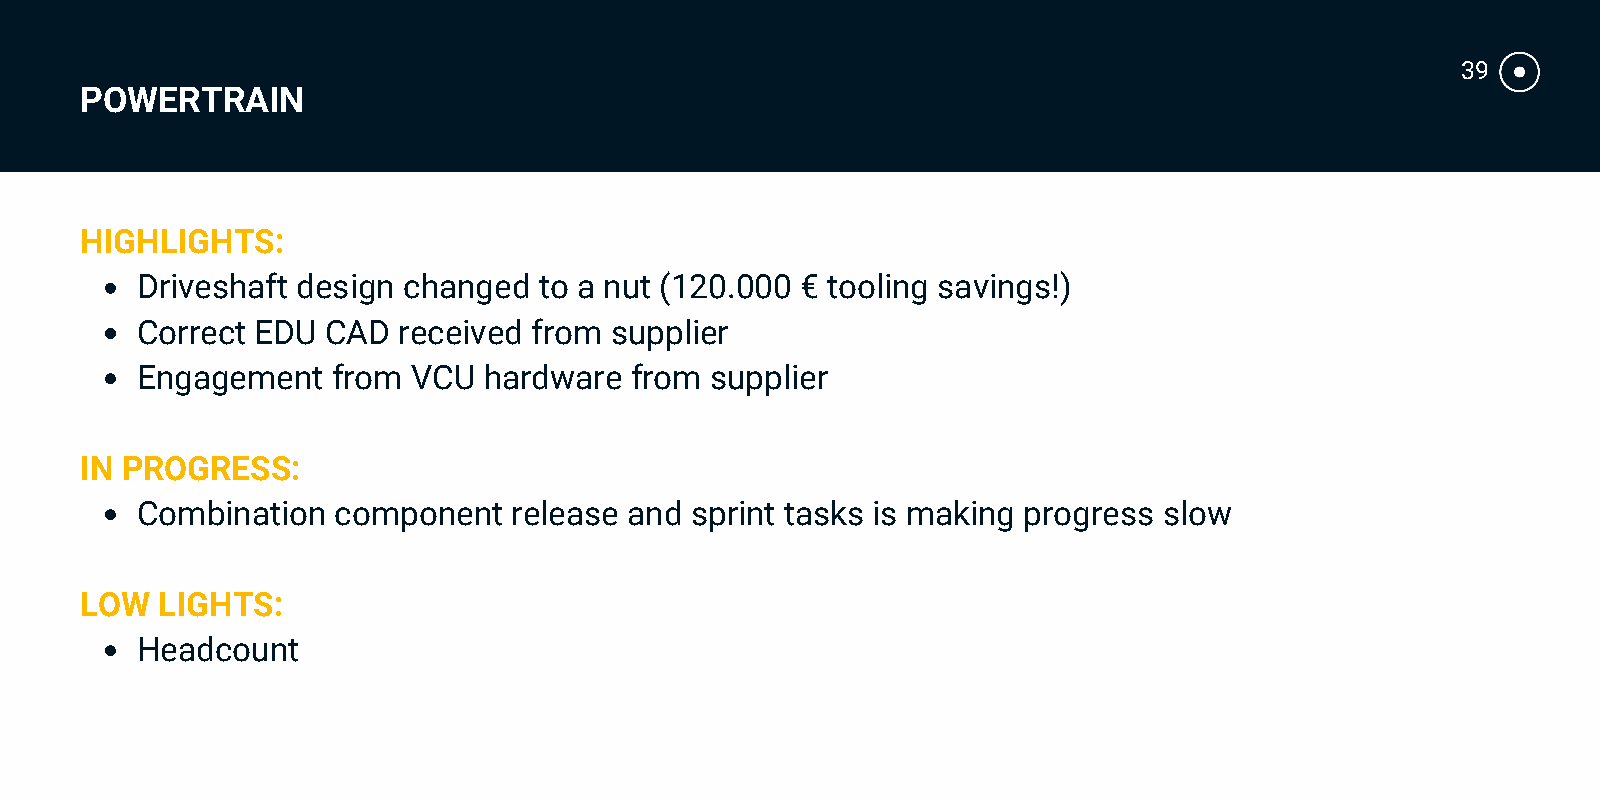
39
 POWERTRAIN
 HIGHLIGHTS:
 Driveshaft design changed  to a nut (120.000 € tooling savings!)
 Correct EDU  CAD received from supplier
 Engagement   from VCU  hardware  from supplier
 IN PROGRESS:
 Combination  component   release and sprint tasks is making progress slow
 LOW  LIGHTS:
 Headcount